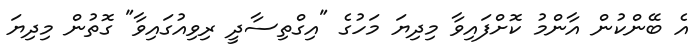
އެ ބޭންކުން އާންމު ކޮށްފައިވާ މިދިޔަ މަހުގެ "އިގްތިސާދީ ރިވިއުގައިވާ" ގޮތުން މިދިޔަ